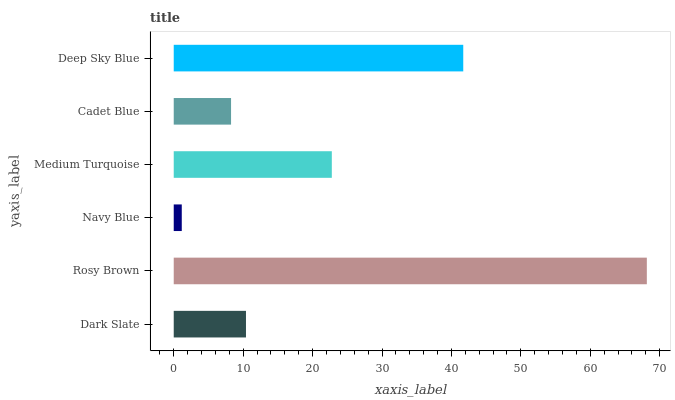
| yaxis_label | bars |
 | --- | --- |
 | Dark Slate | 10.4 |
 | Rosy Brown | 68.1 |
 | Navy Blue | 1.16 |
 | Medium Turquoise | 22.8 |
 | Cadet Blue | 8.26 |
 | Deep Sky Blue | 41.7 |